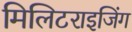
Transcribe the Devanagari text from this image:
मिलिटराइजिंग